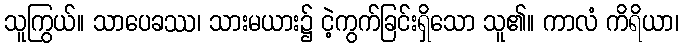
သူကြွယ်။ သာပေခဿ၊ သားမယား၌ ငဲ့ကွက်ခြင်းရှိသော သူ၏။ ကာလံ ကိရိယာ၊